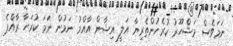
ނަމަވެސް މަޝްހޫރު ކުރެހުންތެރިޔާ އަލީ އިޝާން އާއްމު ނަމުން ނަމަ ކުރަހާ ރާއްޕެ